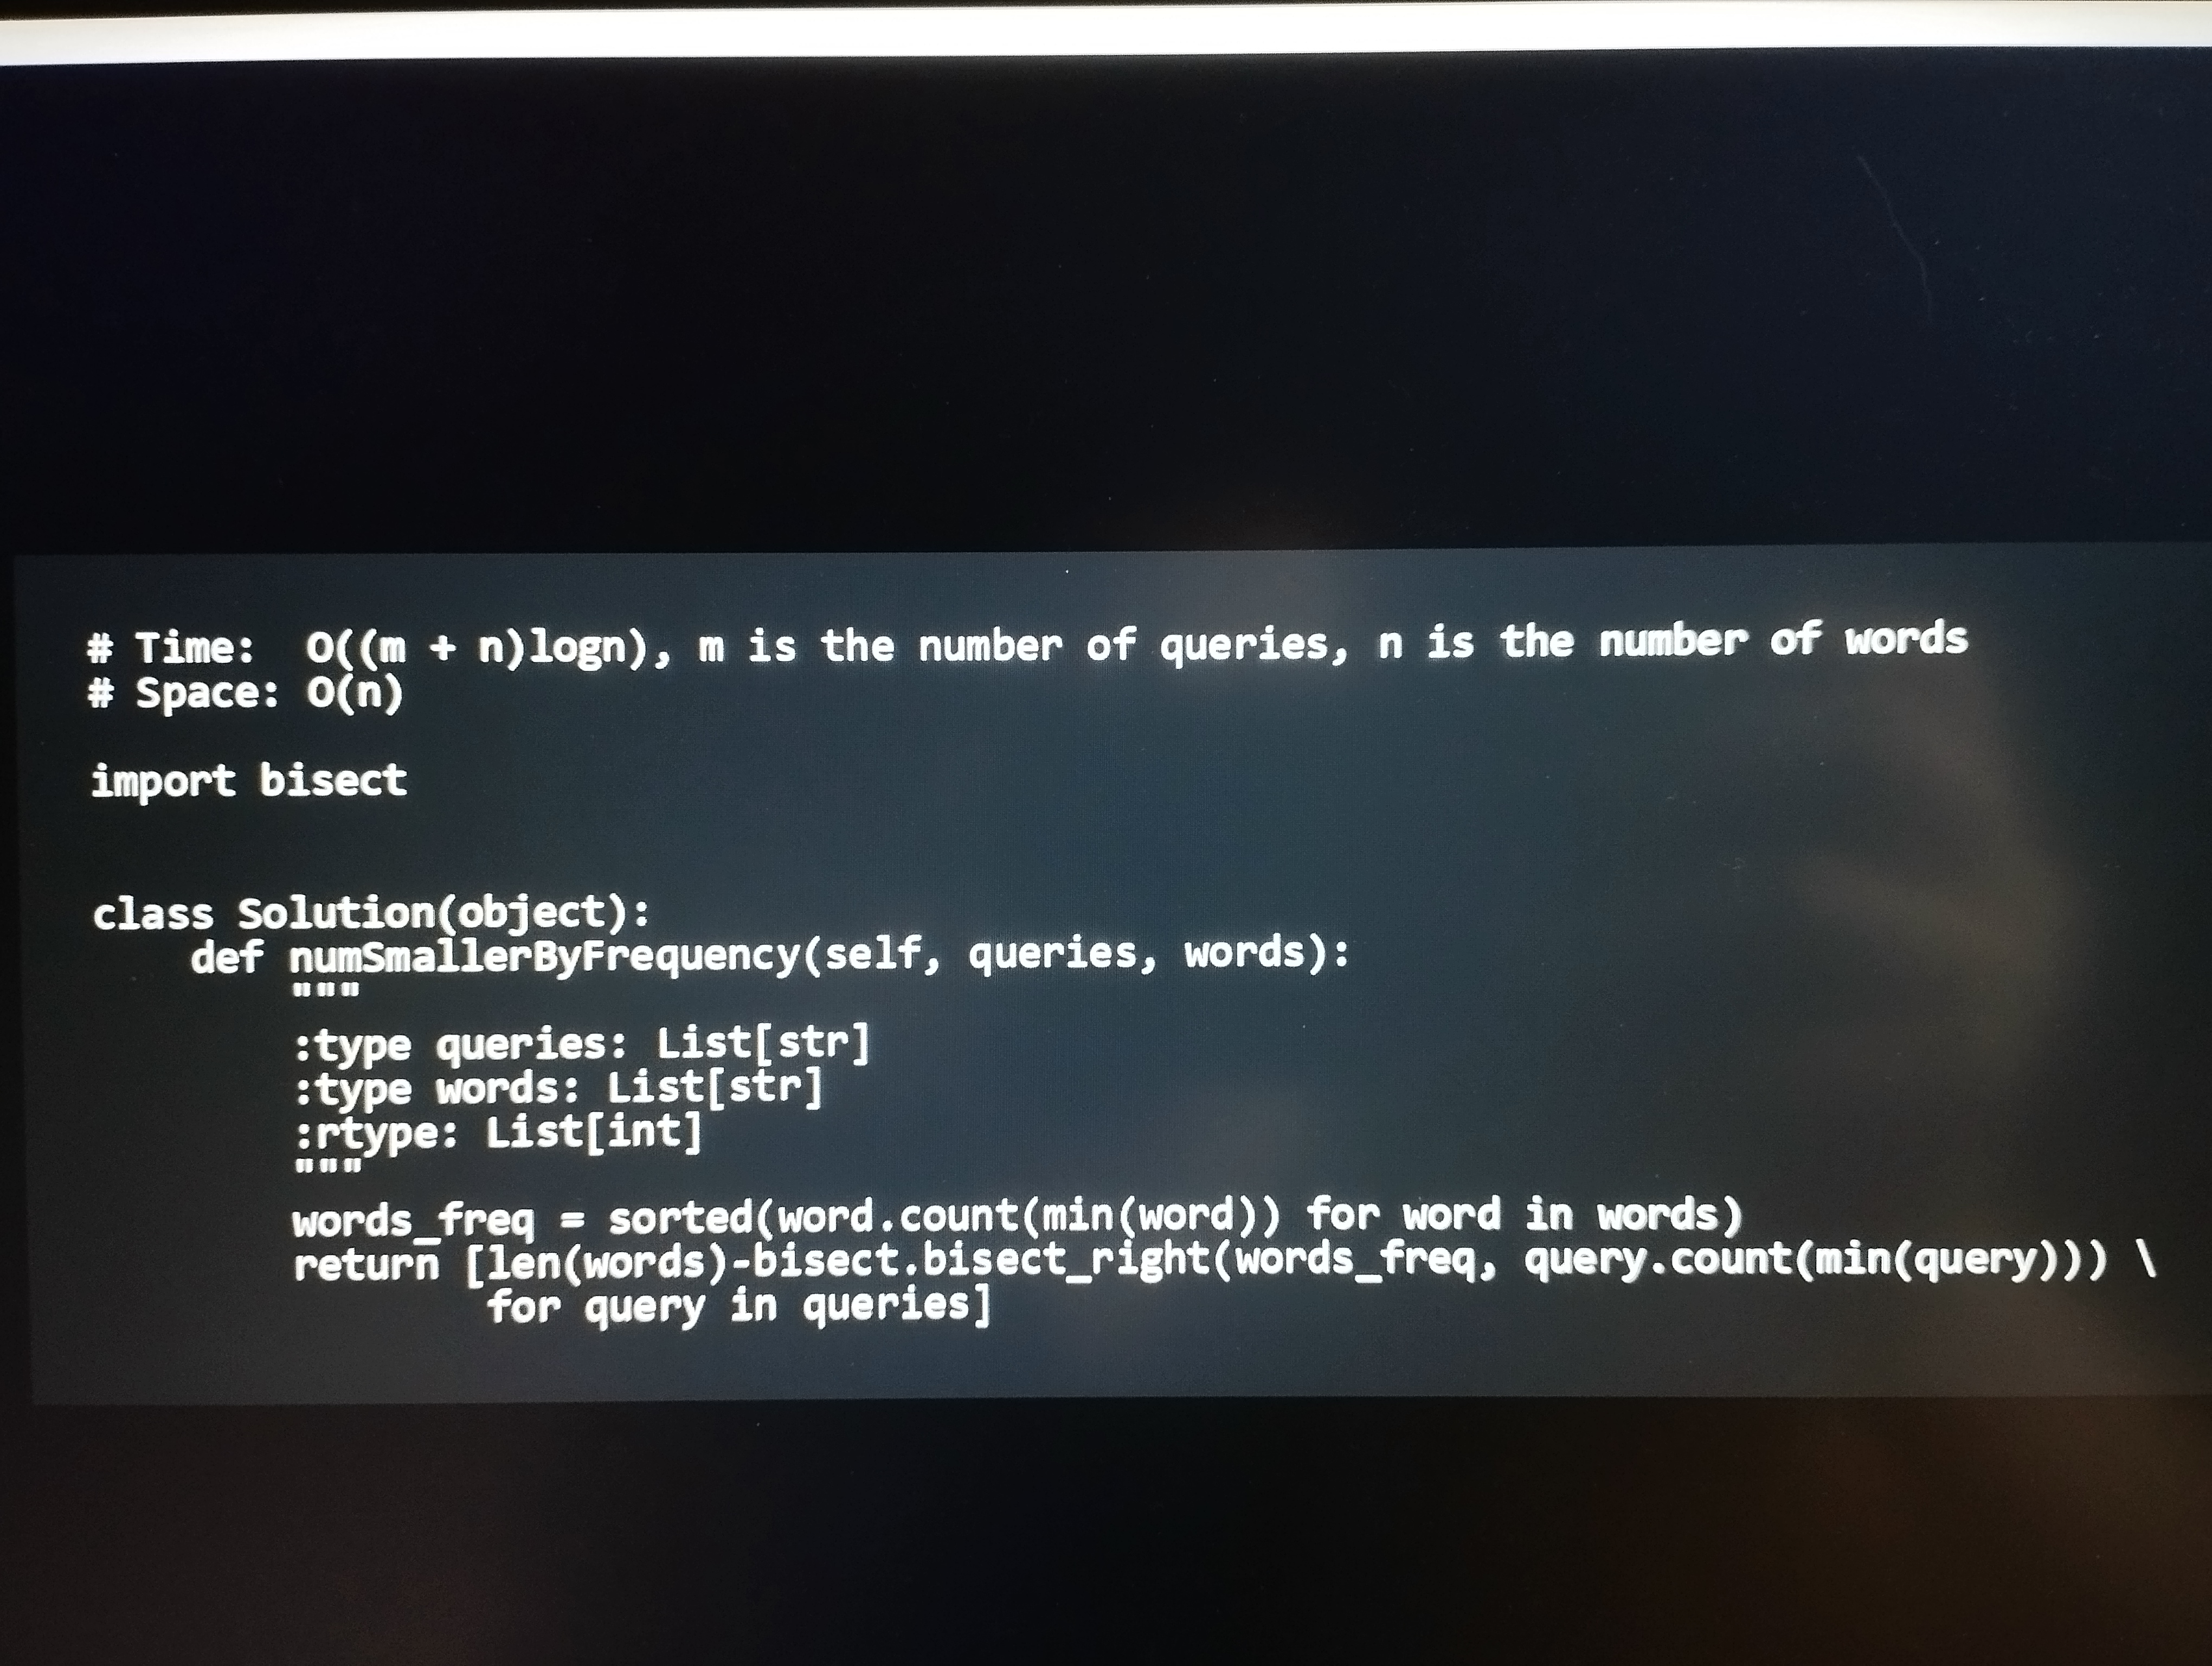
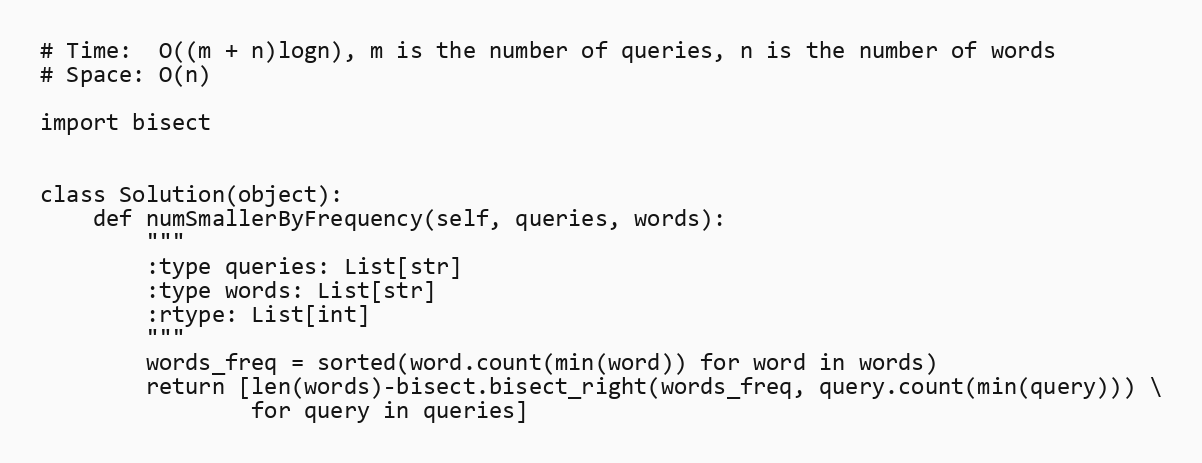
# Time:  O((m + n)logn), m is the number of queries, n is the number of words
# Space: O(n)

import bisect

class Solution(object):
    def numSmallerByFrequency(self, queries, words):
        """
        :type queries: List[str]
        :type words: List[str]
        :rtype: List[int]
        """
        words_freq = sorted(word.count(min(word)) for word in words)
        return [len(words)-bisect.bisect_right(words_freq, query.count(min(query))) \
                for query in queries]